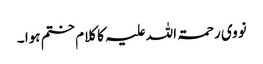
نووی رحمۃ اللہ علیہ کا کلام ختم ہوا ۔